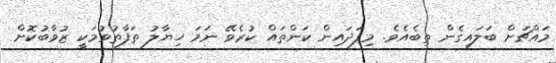
މައްޗަށް ބަލައިގެން ތިބެއެވެ. މިފަދައިން ކަންތައް ކުރެވޭ ނަމަ ޚިޔާލު ތަފާތުވުމަކީ ޒުވާބުކޮށް